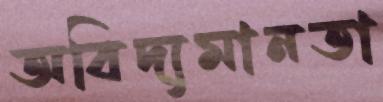
অবিদ্যমানতা